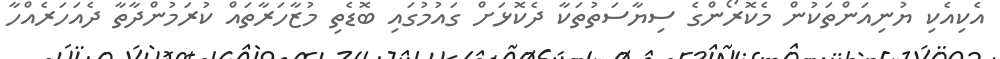
އެކިއެކި ޔުނިއަންތަކުން މެކޮރޯންގެ ސިޔާސަތުތަކާ ދެކޮޅަށް ގައުމުގައި ބޮޑެތި މުޒާހަރާތައް ކުރަމުންދާތާ ދެއަހަރެއްހާ